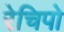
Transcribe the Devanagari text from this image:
रेचिपो